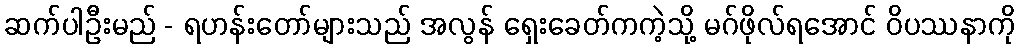
ဆက်ပါဦးမည် - ရဟန်းတော်များသည် အလွန် ရှေးခေတ်ကကဲ့သို့ မဂ်ဖိုလ်ရအောင် ဝိပဿနာကို